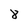
Character: 8